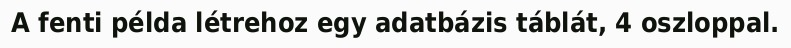
A fenti példa létrehoz egy adatbázis táblát, 4 oszloppal.